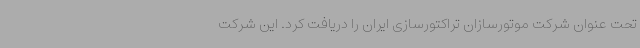
تحت عنوان شرکت موتورسازان تراکتورسازی ایران را دریافت کرد. این شرکت